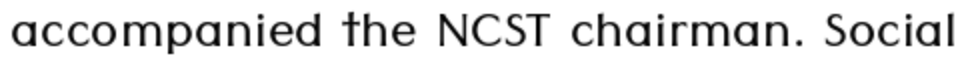
accompanied the NCST chairman. Social